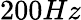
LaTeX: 200Hz